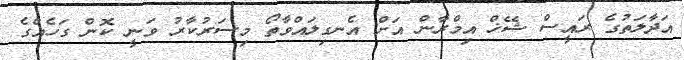
އަދާލަތުގެ ރައީސް ޝޭޚް އިމްރާން އަށް އެނގިލައްވާތޯ މިސަރުކާރު ވަނީ ކޮން ގަހެއްގެ